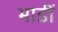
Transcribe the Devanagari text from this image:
भाडीं